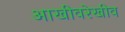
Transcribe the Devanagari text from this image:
आखीवरेखीव